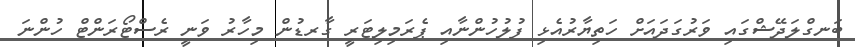
ބަނގްލަދޭޝްގައި ވަރުގަދައަށް ހަތިޔާރުއެޅި ފުލުހުންނާއި ޕެރަމިލިޓަރީ ގާރޑުން މިހާރު ވަނީ ރެސްޓޯރަންޓް ހުންނަ